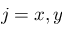
j = x , y